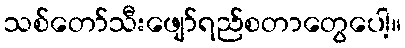
သစ်တော်သီးဖျော်ရည်စတာတွေပေါ့။